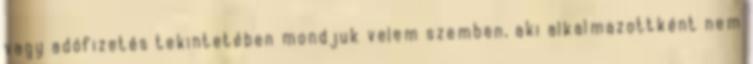
vagy adófizetés tekintetében mondjuk velem szemben, aki alkalmazottként nem